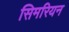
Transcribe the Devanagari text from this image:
सिमरियन